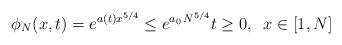
LaTeX: \begin{align*}\phi_N(x,t)=e^{a(t) x^{5/4} }\le e^{a_0\,N^{5/4}} t\ge 0, \;\;x\in[1,N]\end{align*}